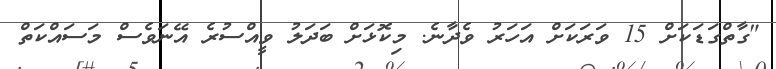
"ގާތްގަޑަކަށް 15 ވަރަކަށް އަހަރު ވެދާނެ. މިކޮޅަށް ބަދަލު ވީއްސުރެ އޭނަވެސް މަސައްކަތް